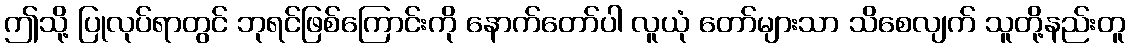
ဤသို့ ပြုလုပ်ရာတွင် ဘုရင်ဖြစ်ကြောင်းကို နောက်တော်ပါ လူယုံ တော်များသာ သိစေလျက် သူတို့နည်းတူ